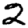
Digit: 2